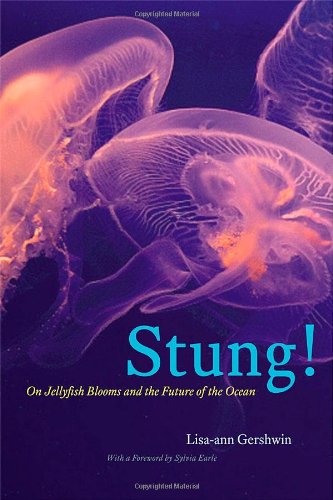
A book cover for Stung!: On Jellyfish Blooms and the Future of the Ocean; Lisa-ann Gershwin; Science & Math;